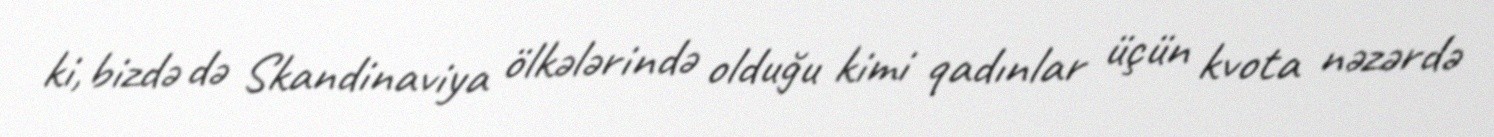
ki, bizdə də Skandinaviya ölkələrində olduğu kimi qadınlar üçün kvota nəzərdə